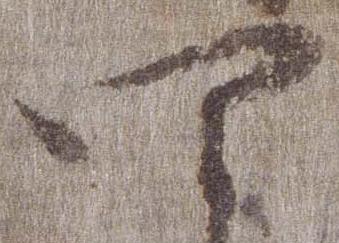
四